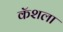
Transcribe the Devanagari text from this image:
कॅशला